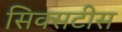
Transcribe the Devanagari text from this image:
सिक्सटीस